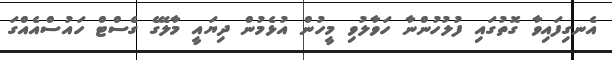
އެނގިފައިވާ ގޮތުގައި ފުލުހުންނާ ހަވާލުވި މީހުން އުޅެމުން ދިޔައީ މާލޭގެ ގެސްޓް ހައުސްއެއްގަ